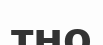
тно